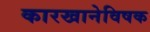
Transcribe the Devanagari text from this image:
कारखानेविषक